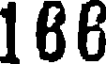
166